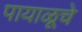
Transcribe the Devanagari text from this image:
पायाळूचे